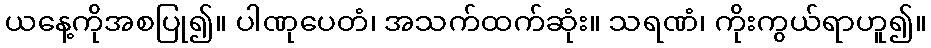
ယနေ့ကိုအစပြု၍။ ပါဏုပေတံ၊ အသက်ထက်ဆုံး။ သရဏံ၊ ကိုးကွယ်ရာဟူ၍။